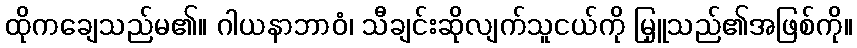
ထိုကချေသည်မ၏။ ဂါယနာဘာဝံ၊ သီချင်းဆိုလျက်သူငယ်ကို မြှူသည်၏အဖြစ်ကို။